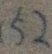
5 2